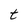
Character: t